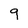
Character: 9